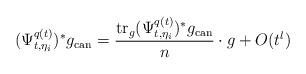
LaTeX: \begin{align*}(\Psi_{t,\eta_i}^{q(t)})^*g_{\mathrm{can}} =\frac{\mathrm{tr}_g (\Psi_{t,\eta_i}^{q(t)})^*g_\mathrm{can}}{n}\cdot g +O(t^l) \end{align*}